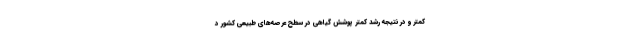
کمتر و در نتیجه رشد کمتر ‌پوشش گیاهی در سطح عرصه‌های طبیعی کشور د